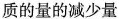
质的量的减少量